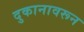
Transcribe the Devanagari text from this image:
दुकानावरून